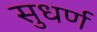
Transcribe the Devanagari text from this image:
सुधर्ण